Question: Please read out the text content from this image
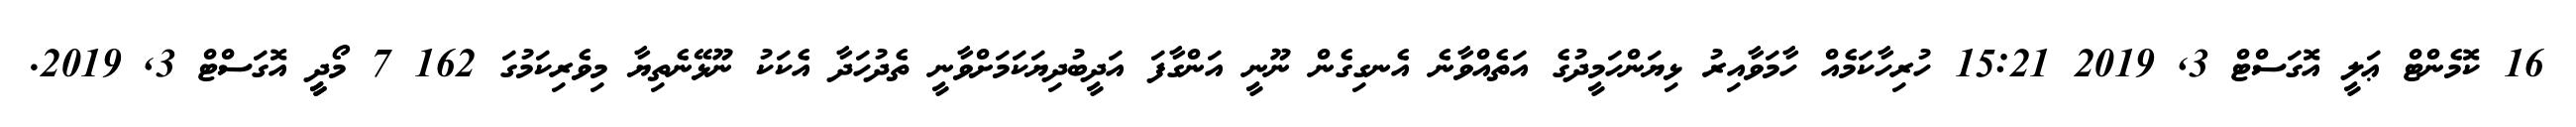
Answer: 16 ކޮމެންޓް ޢަލީ އޮގަސްޓް 3, 2019 15:21 ހުރިހާކަމެއް ހާމަވާއިރު ޅިޔަންހަމީދުގެ އަތެއްވާނެ އެނގިގެން ނޫނީ އަންގާފަ އަދީބުދިޔަކަމަށްވާނީ ތެދުހަދާ އެކަކު ނޫޅޭނެތިޔާ މިވެރިކަމުގަ 162 7 މޯދީީ އޮގަސްޓް 3, 2019.